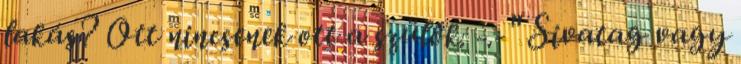
lakás? Ott nincsenek ott a szülők. -.-" Sivatag vagy